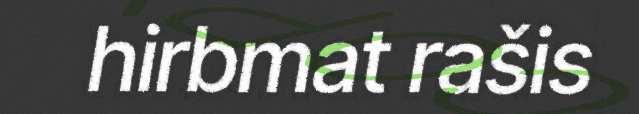
hirbmat rašis